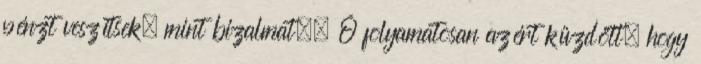
pénzt veszítsek, mint bizalmat.« Ő folyamatosan azért küzdött, hogy